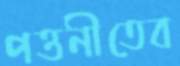
পত্তনীতেব